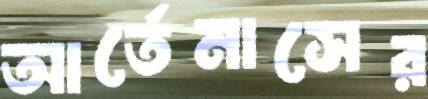
আর্তেমাসের